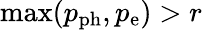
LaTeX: \operatorname*{max}(p_{\mathrm{ph}},p_{\mathrm{e}})>r